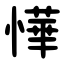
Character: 㦊